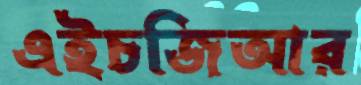
এইচজিআর